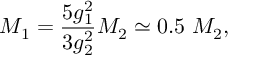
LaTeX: M _ { 1 } = { \frac { 5 g _ { 1 } ^ { 2 } } { 3 g _ { 2 } ^ { 2 } } } M _ { 2 } \simeq 0 . 5 ~ M _ { 2 } ,